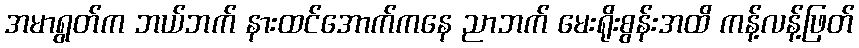
အမာရွတ်က ဘယ်ဘက် နားထင်အောက်ကနေ ညာဘက် မေးရိုးစွန်းအထိ ကန့်လန့်ဖြတ်